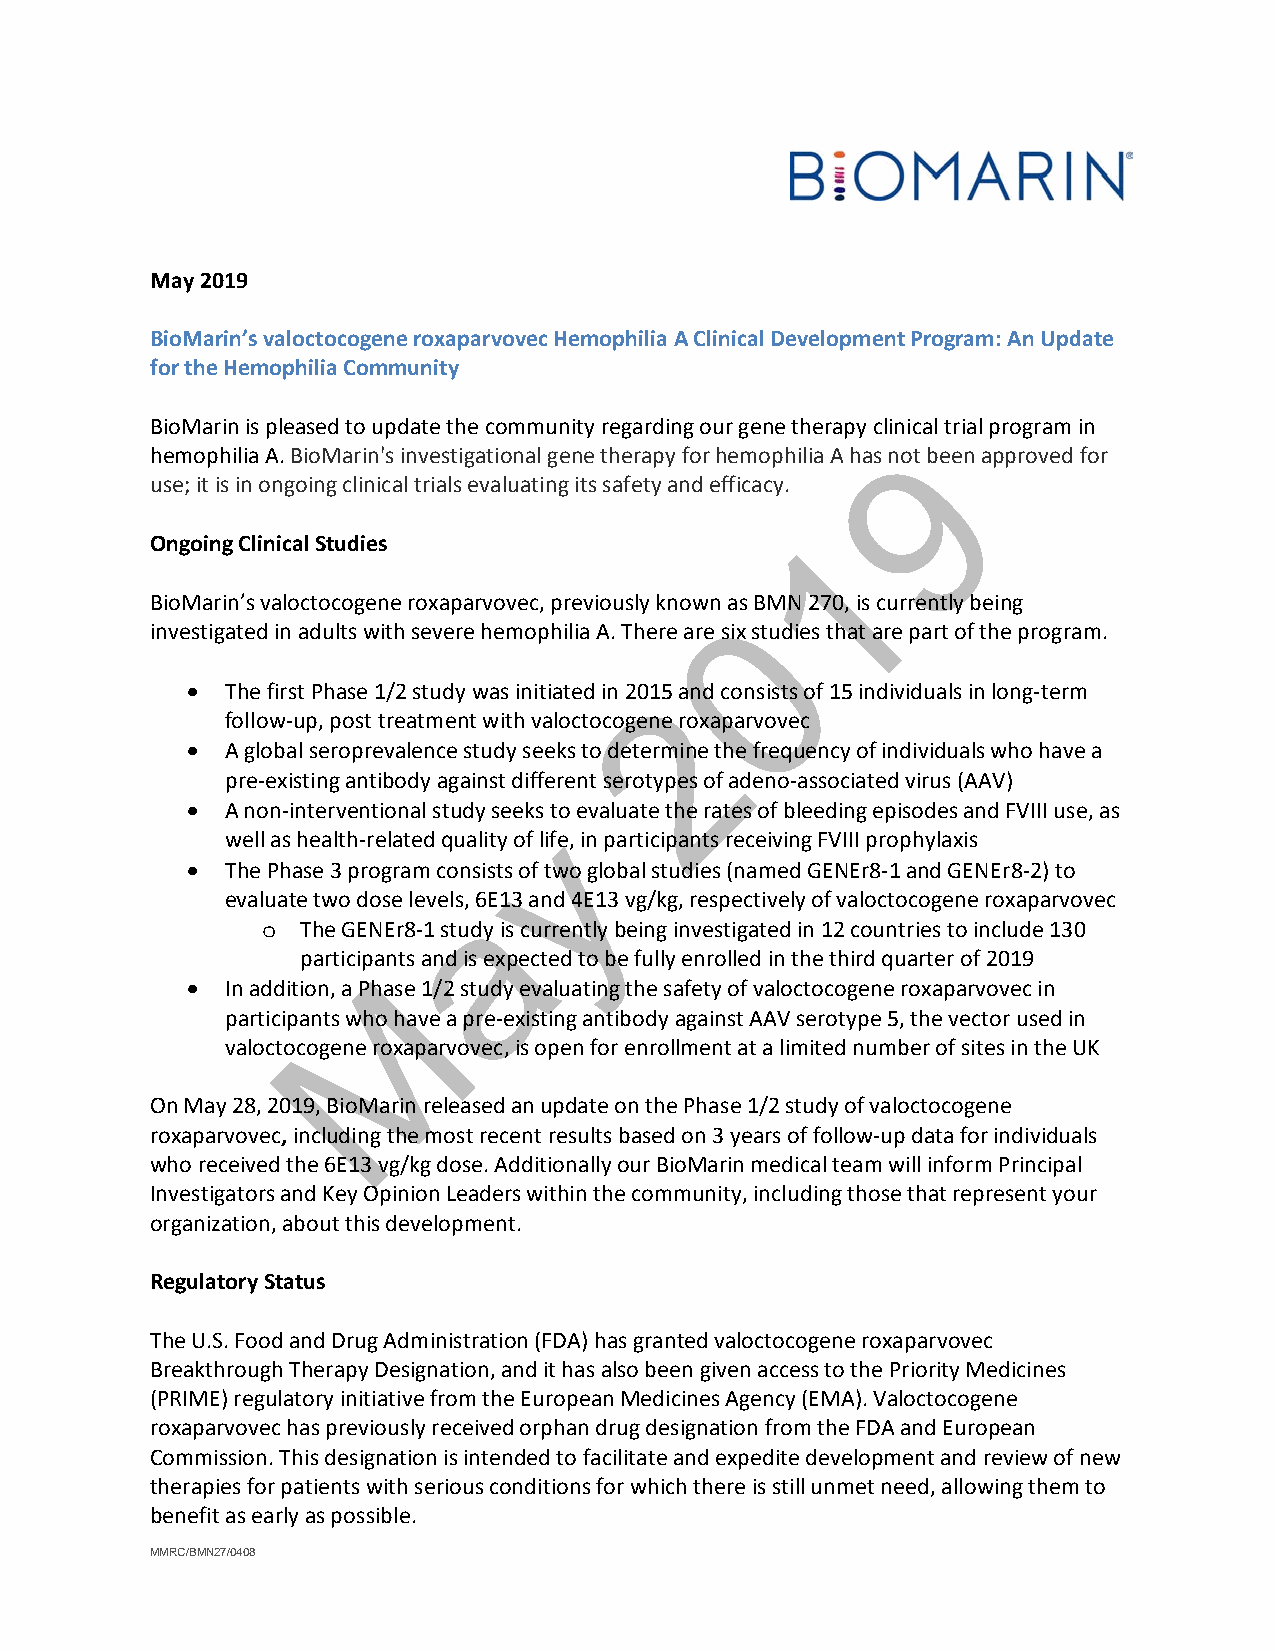
May 2019
 BioMarin’s valoctocogene roxaparvovec Hemophilia A Clinical Development Program: An Update
 for the Hemophilia Community
 BioMarin is pleased to update the community regarding our gene therapy clinical trial program in
 9
 hemophilia A. BioMarin's investigational gene therapy for hemophilia A has not been approved for
 use; it is in ongoing clinical trials evaluating its safety and efficacy.
 1
 Ongoing Clinical Studies
 BioMarin’s valoctocogene roxaparvovec, previously known a0s BMN 270, is currently being
 investigated in adults with severe hemophilia A. There are six studies that are part of the program.
 •  The first Phase 1/2 study was initiated in 20215 andconsists of 15 individuals inlong-term
 follow-up, post treatment with valoctocogene roxaparvovec
 •  A global seroprevalence study seeks to determinethe frequency of individuals who have a
 pre-existingantibody against different serotypes of adeno-associated virus (AAV)
 •  A non-interventional study seekys to evaluate the rates of bleeding episodes and FVIII use, as
 well as health-related quality of life, in participants receiving FVIII prophylaxis
 •  The Phase 3program consists of two global studies (named GENEr8-1 and GENEr8-2) to
 a
 evaluate two dose levels,6E13 and 4E13 vg/kg, respectively ofvaloctocogene roxaparvovec
 The GENEr8-1 study is currently being investigated in 12 countries to include 130
 o
 participants and is expected to be fully enrolled in the third quarter of 2019
 M
 •  In addition, a Phase 1/2 study evaluating the safety of valoctocogene roxaparvovec in
 participants whohavea pre-existingantibody against AAV serotype 5, thevector used in
 valoctocogene roxaparvovec, is open for enrollment at a limited number of sites in the UK
 On May 28, 2019, BioMarin released an update on the Phase 1/2 study of valoctocogene
 roxaparvovec, including the most recent results based on 3 years of follow-up data for individuals
 who received the 6E13 vg/kg dose. Additionally our BioMarin medical team will inform Principal
 Investigators and Key Opinion Leaders within the community, including those that represent your
 organization, about this development.
 Regulatory Status
 The U.S. Food and Drug Administration (FDA) has granted valoctocogene roxaparvovec
 Breakthrough Therapy Designation, and it has also been given access to the Priority Medicines
 (PRIME) regulatory initiative from the European Medicines Agency (EMA). Valoctocogene
 roxaparvovec has previously received orphan drug designation from the FDA and European
 Commission. This designation is intended to facilitate and expedite development and review of new
 therapies for patients with serious conditions for which there is still unmet need, allowing them to
 benefit as early as possible.
 MMRC/BMN27/0408